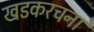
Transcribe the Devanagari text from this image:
खडकरचना